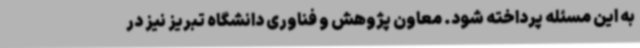
به این مسئله پرداخته شود. معاون پژوهش و فناوری دانشگاه تبریز نیز در